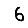
Digit: 6